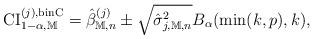
LaTeX: \begin{align*}\mathrm{CI}_{1-\alpha, \mathbb{M}}^{(j), \mathrm{binC}} = \hat{\beta}^{(j)}_{\mathbb{M}, n} \pm \sqrt{\hat{\sigma}^2_{j,\mathbb{M}, n}} B_{\alpha}(\min(k, p),k),\end{align*}